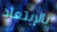
بالإبتعاد